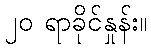
၂၀ ရာခိုင်နှုန်း။